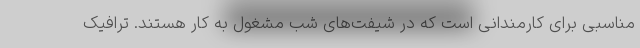
مناسبی برای کارمندانی است که در شیفت‌های شب مشغول به کار هستند. ترافیک